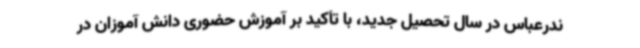
ندرعباس در سال تحصیل جدید، با تأکید بر آموزش حضوری دانش آموزان در